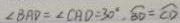
\angle B A D = \angle C A D = 3 0 ^ { \circ } \cdot \widehat { B D } = \overline { C D }